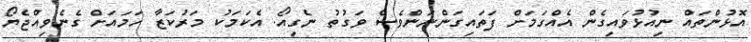
އޮޅުންތައް ނިއުޅުވައިގެން އެއްގަމަށް ފަތައިގަންނަންވެސް ވަގުތު ނެގިއޯ. އެކަމަކު މަރުކަޒާ ހަމައަށް ގެނެވިއްޖެޔޯ